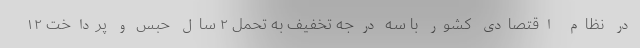
در نظام اقتصادی کشور با سه درجه تخفیف به تحمل ٢ سال حبس و پرداخت ۱۲